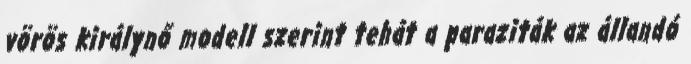
vörös királynő modell szerint tehát a paraziták az állandó